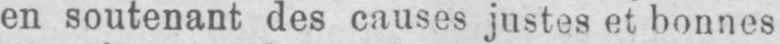
en soutenant des causes justes et bonnes